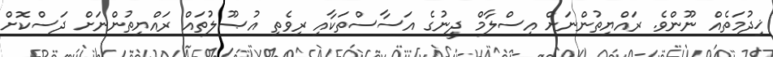
ޚިދުމަތެއް ނޫންވެ. ރައްޔިތުންނަށް އިސްލާމް ދީނުގެ އަސާސްތަކާއި ރިވެތި އުޞޫލުތައް ރައްޔިތުންނަށް ދަސްކޮށް